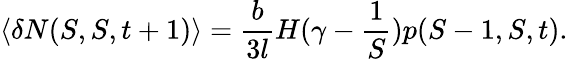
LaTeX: \langle\delta N(S,S,t+1)\rangle=\frac{b}{3l}H(\gamma-\frac{1}{S})p(S-1,S,t).